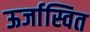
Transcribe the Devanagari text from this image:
ऊर्जास्वित